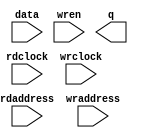
// megafunction wizard: %RAM: 2-PORT%VBB%
// GENERATION: STANDARD
// VERSION: WM1.0
// MODULE: altsyncram 

// ============================================================
// Megafunction Name(s):
// 			altsyncram
//
// Simulation Library Files(s):
// 			altera_mf
// ============================================================
// ************************************************************
// THIS IS A WIZARD-GENERATED FILE. DO NOT EDIT THIS FILE!
//
// 20.1.1 Build 720 11/11/2020 SJ Lite Edition
// ************************************************************

//Copyright (C) 2020  Intel Corporation. All rights reserved.
//Your use of Intel Corporation's design tools, logic functions 
//and other software and tools, and any partner logic 
//functions, and any output files from any of the foregoing 
//(including device programming or simulation files), and any 
//associated documentation or information are expressly subject 
//to the terms and conditions of the Intel Program License 
//Subscription Agreement, the Intel Quartus Prime License Agreement,
//the Intel FPGA IP License Agreement, or other applicable license
//agreement, including, without limitation, that your use is for
//the sole purpose of programming logic devices manufactured by
//Intel and sold by Intel or its authorized distributors.  Please
//refer to the applicable agreement for further details, at
//https://fpgasoftware.intel.com/eula.

module newfb (
	data,
	rdaddress,
	rdclock,
	wraddress,
	wrclock,
	wren,
	q);

	input	[23:0]  data;
	input	[17:0]  rdaddress;
	input	  rdclock;
	input	[17:0]  wraddress;
	input	  wrclock;
	input	  wren;
	output	[23:0]  q;
`ifndef ALTERA_RESERVED_QIS
// synopsys translate_off
`endif
	tri1	  wrclock;
	tri0	  wren;
`ifndef ALTERA_RESERVED_QIS
// synopsys translate_on
`endif

endmodule

// ============================================================
// CNX file retrieval info
// ============================================================
// Retrieval info: PRIVATE: ADDRESSSTALL_A NUMERIC "0"
// Retrieval info: PRIVATE: ADDRESSSTALL_B NUMERIC "0"
// Retrieval info: PRIVATE: BYTEENA_ACLR_A NUMERIC "0"
// Retrieval info: PRIVATE: BYTEENA_ACLR_B NUMERIC "0"
// Retrieval info: PRIVATE: BYTE_ENABLE_A NUMERIC "0"
// Retrieval info: PRIVATE: BYTE_ENABLE_B NUMERIC "0"
// Retrieval info: PRIVATE: BYTE_SIZE NUMERIC "8"
// Retrieval info: PRIVATE: BlankMemory NUMERIC "1"
// Retrieval info: PRIVATE: CLOCK_ENABLE_INPUT_A NUMERIC "0"
// Retrieval info: PRIVATE: CLOCK_ENABLE_INPUT_B NUMERIC "0"
// Retrieval info: PRIVATE: CLOCK_ENABLE_OUTPUT_A NUMERIC "0"
// Retrieval info: PRIVATE: CLOCK_ENABLE_OUTPUT_B NUMERIC "0"
// Retrieval info: PRIVATE: CLRdata NUMERIC "0"
// Retrieval info: PRIVATE: CLRq NUMERIC "0"
// Retrieval info: PRIVATE: CLRrdaddress NUMERIC "0"
// Retrieval info: PRIVATE: CLRrren NUMERIC "0"
// Retrieval info: PRIVATE: CLRwraddress NUMERIC "0"
// Retrieval info: PRIVATE: CLRwren NUMERIC "0"
// Retrieval info: PRIVATE: Clock NUMERIC "1"
// Retrieval info: PRIVATE: Clock_A NUMERIC "0"
// Retrieval info: PRIVATE: Clock_B NUMERIC "0"
// Retrieval info: PRIVATE: IMPLEMENT_IN_LES NUMERIC "0"
// Retrieval info: PRIVATE: INDATA_ACLR_B NUMERIC "0"
// Retrieval info: PRIVATE: INDATA_REG_B NUMERIC "0"
// Retrieval info: PRIVATE: INIT_FILE_LAYOUT STRING "PORT_B"
// Retrieval info: PRIVATE: INIT_TO_SIM_X NUMERIC "0"
// Retrieval info: PRIVATE: INTENDED_DEVICE_FAMILY STRING "Cyclone IV E"
// Retrieval info: PRIVATE: JTAG_ENABLED NUMERIC "0"
// Retrieval info: PRIVATE: JTAG_ID STRING "NONE"
// Retrieval info: PRIVATE: MAXIMUM_DEPTH NUMERIC "0"
// Retrieval info: PRIVATE: MEMSIZE NUMERIC "3686400"
// Retrieval info: PRIVATE: MEM_IN_BITS NUMERIC "0"
// Retrieval info: PRIVATE: MIFfilename STRING ""
// Retrieval info: PRIVATE: OPERATION_MODE NUMERIC "2"
// Retrieval info: PRIVATE: OUTDATA_ACLR_B NUMERIC "0"
// Retrieval info: PRIVATE: OUTDATA_REG_B NUMERIC "1"
// Retrieval info: PRIVATE: RAM_BLOCK_TYPE NUMERIC "0"
// Retrieval info: PRIVATE: READ_DURING_WRITE_MODE_MIXED_PORTS NUMERIC "2"
// Retrieval info: PRIVATE: READ_DURING_WRITE_MODE_PORT_A NUMERIC "3"
// Retrieval info: PRIVATE: READ_DURING_WRITE_MODE_PORT_B NUMERIC "3"
// Retrieval info: PRIVATE: REGdata NUMERIC "1"
// Retrieval info: PRIVATE: REGq NUMERIC "0"
// Retrieval info: PRIVATE: REGrdaddress NUMERIC "1"
// Retrieval info: PRIVATE: REGrren NUMERIC "1"
// Retrieval info: PRIVATE: REGwraddress NUMERIC "1"
// Retrieval info: PRIVATE: REGwren NUMERIC "1"
// Retrieval info: PRIVATE: SYNTH_WRAPPER_GEN_POSTFIX STRING "0"
// Retrieval info: PRIVATE: USE_DIFF_CLKEN NUMERIC "0"
// Retrieval info: PRIVATE: UseDPRAM NUMERIC "1"
// Retrieval info: PRIVATE: VarWidth NUMERIC "0"
// Retrieval info: PRIVATE: WIDTH_READ_A NUMERIC "24"
// Retrieval info: PRIVATE: WIDTH_READ_B NUMERIC "24"
// Retrieval info: PRIVATE: WIDTH_WRITE_A NUMERIC "24"
// Retrieval info: PRIVATE: WIDTH_WRITE_B NUMERIC "24"
// Retrieval info: PRIVATE: WRADDR_ACLR_B NUMERIC "0"
// Retrieval info: PRIVATE: WRADDR_REG_B NUMERIC "0"
// Retrieval info: PRIVATE: WRCTRL_ACLR_B NUMERIC "0"
// Retrieval info: PRIVATE: enable NUMERIC "0"
// Retrieval info: PRIVATE: rden NUMERIC "0"
// Retrieval info: LIBRARY: altera_mf altera_mf.altera_mf_components.all
// Retrieval info: CONSTANT: ADDRESS_ACLR_B STRING "NONE"
// Retrieval info: CONSTANT: ADDRESS_REG_B STRING "CLOCK1"
// Retrieval info: CONSTANT: CLOCK_ENABLE_INPUT_A STRING "BYPASS"
// Retrieval info: CONSTANT: CLOCK_ENABLE_INPUT_B STRING "BYPASS"
// Retrieval info: CONSTANT: CLOCK_ENABLE_OUTPUT_B STRING "BYPASS"
// Retrieval info: CONSTANT: INTENDED_DEVICE_FAMILY STRING "Cyclone IV E"
// Retrieval info: CONSTANT: LPM_TYPE STRING "altsyncram"
// Retrieval info: CONSTANT: NUMWORDS_A NUMERIC "153600"
// Retrieval info: CONSTANT: NUMWORDS_B NUMERIC "153600"
// Retrieval info: CONSTANT: OPERATION_MODE STRING "DUAL_PORT"
// Retrieval info: CONSTANT: OUTDATA_ACLR_B STRING "NONE"
// Retrieval info: CONSTANT: OUTDATA_REG_B STRING "CLOCK1"
// Retrieval info: CONSTANT: POWER_UP_UNINITIALIZED STRING "FALSE"
// Retrieval info: CONSTANT: WIDTHAD_A NUMERIC "18"
// Retrieval info: CONSTANT: WIDTHAD_B NUMERIC "18"
// Retrieval info: CONSTANT: WIDTH_A NUMERIC "24"
// Retrieval info: CONSTANT: WIDTH_B NUMERIC "24"
// Retrieval info: CONSTANT: WIDTH_BYTEENA_A NUMERIC "1"
// Retrieval info: USED_PORT: data 0 0 24 0 INPUT NODEFVAL "data[23..0]"
// Retrieval info: USED_PORT: q 0 0 24 0 OUTPUT NODEFVAL "q[23..0]"
// Retrieval info: USED_PORT: rdaddress 0 0 18 0 INPUT NODEFVAL "rdaddress[17..0]"
// Retrieval info: USED_PORT: rdclock 0 0 0 0 INPUT NODEFVAL "rdclock"
// Retrieval info: USED_PORT: wraddress 0 0 18 0 INPUT NODEFVAL "wraddress[17..0]"
// Retrieval info: USED_PORT: wrclock 0 0 0 0 INPUT VCC "wrclock"
// Retrieval info: USED_PORT: wren 0 0 0 0 INPUT GND "wren"
// Retrieval info: CONNECT: @address_a 0 0 18 0 wraddress 0 0 18 0
// Retrieval info: CONNECT: @address_b 0 0 18 0 rdaddress 0 0 18 0
// Retrieval info: CONNECT: @clock0 0 0 0 0 wrclock 0 0 0 0
// Retrieval info: CONNECT: @clock1 0 0 0 0 rdclock 0 0 0 0
// Retrieval info: CONNECT: @data_a 0 0 24 0 data 0 0 24 0
// Retrieval info: CONNECT: @wren_a 0 0 0 0 wren 0 0 0 0
// Retrieval info: CONNECT: q 0 0 24 0 @q_b 0 0 24 0
// Retrieval info: GEN_FILE: TYPE_NORMAL newfb.v TRUE
// Retrieval info: GEN_FILE: TYPE_NORMAL newfb.inc TRUE
// Retrieval info: GEN_FILE: TYPE_NORMAL newfb.cmp TRUE
// Retrieval info: GEN_FILE: TYPE_NORMAL newfb.bsf TRUE
// Retrieval info: GEN_FILE: TYPE_NORMAL newfb_inst.v TRUE
// Retrieval info: GEN_FILE: TYPE_NORMAL newfb_bb.v TRUE
// Retrieval info: LIB_FILE: altera_mf